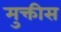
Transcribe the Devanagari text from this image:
मुक्तीस